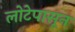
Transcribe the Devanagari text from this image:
लोटेपासून